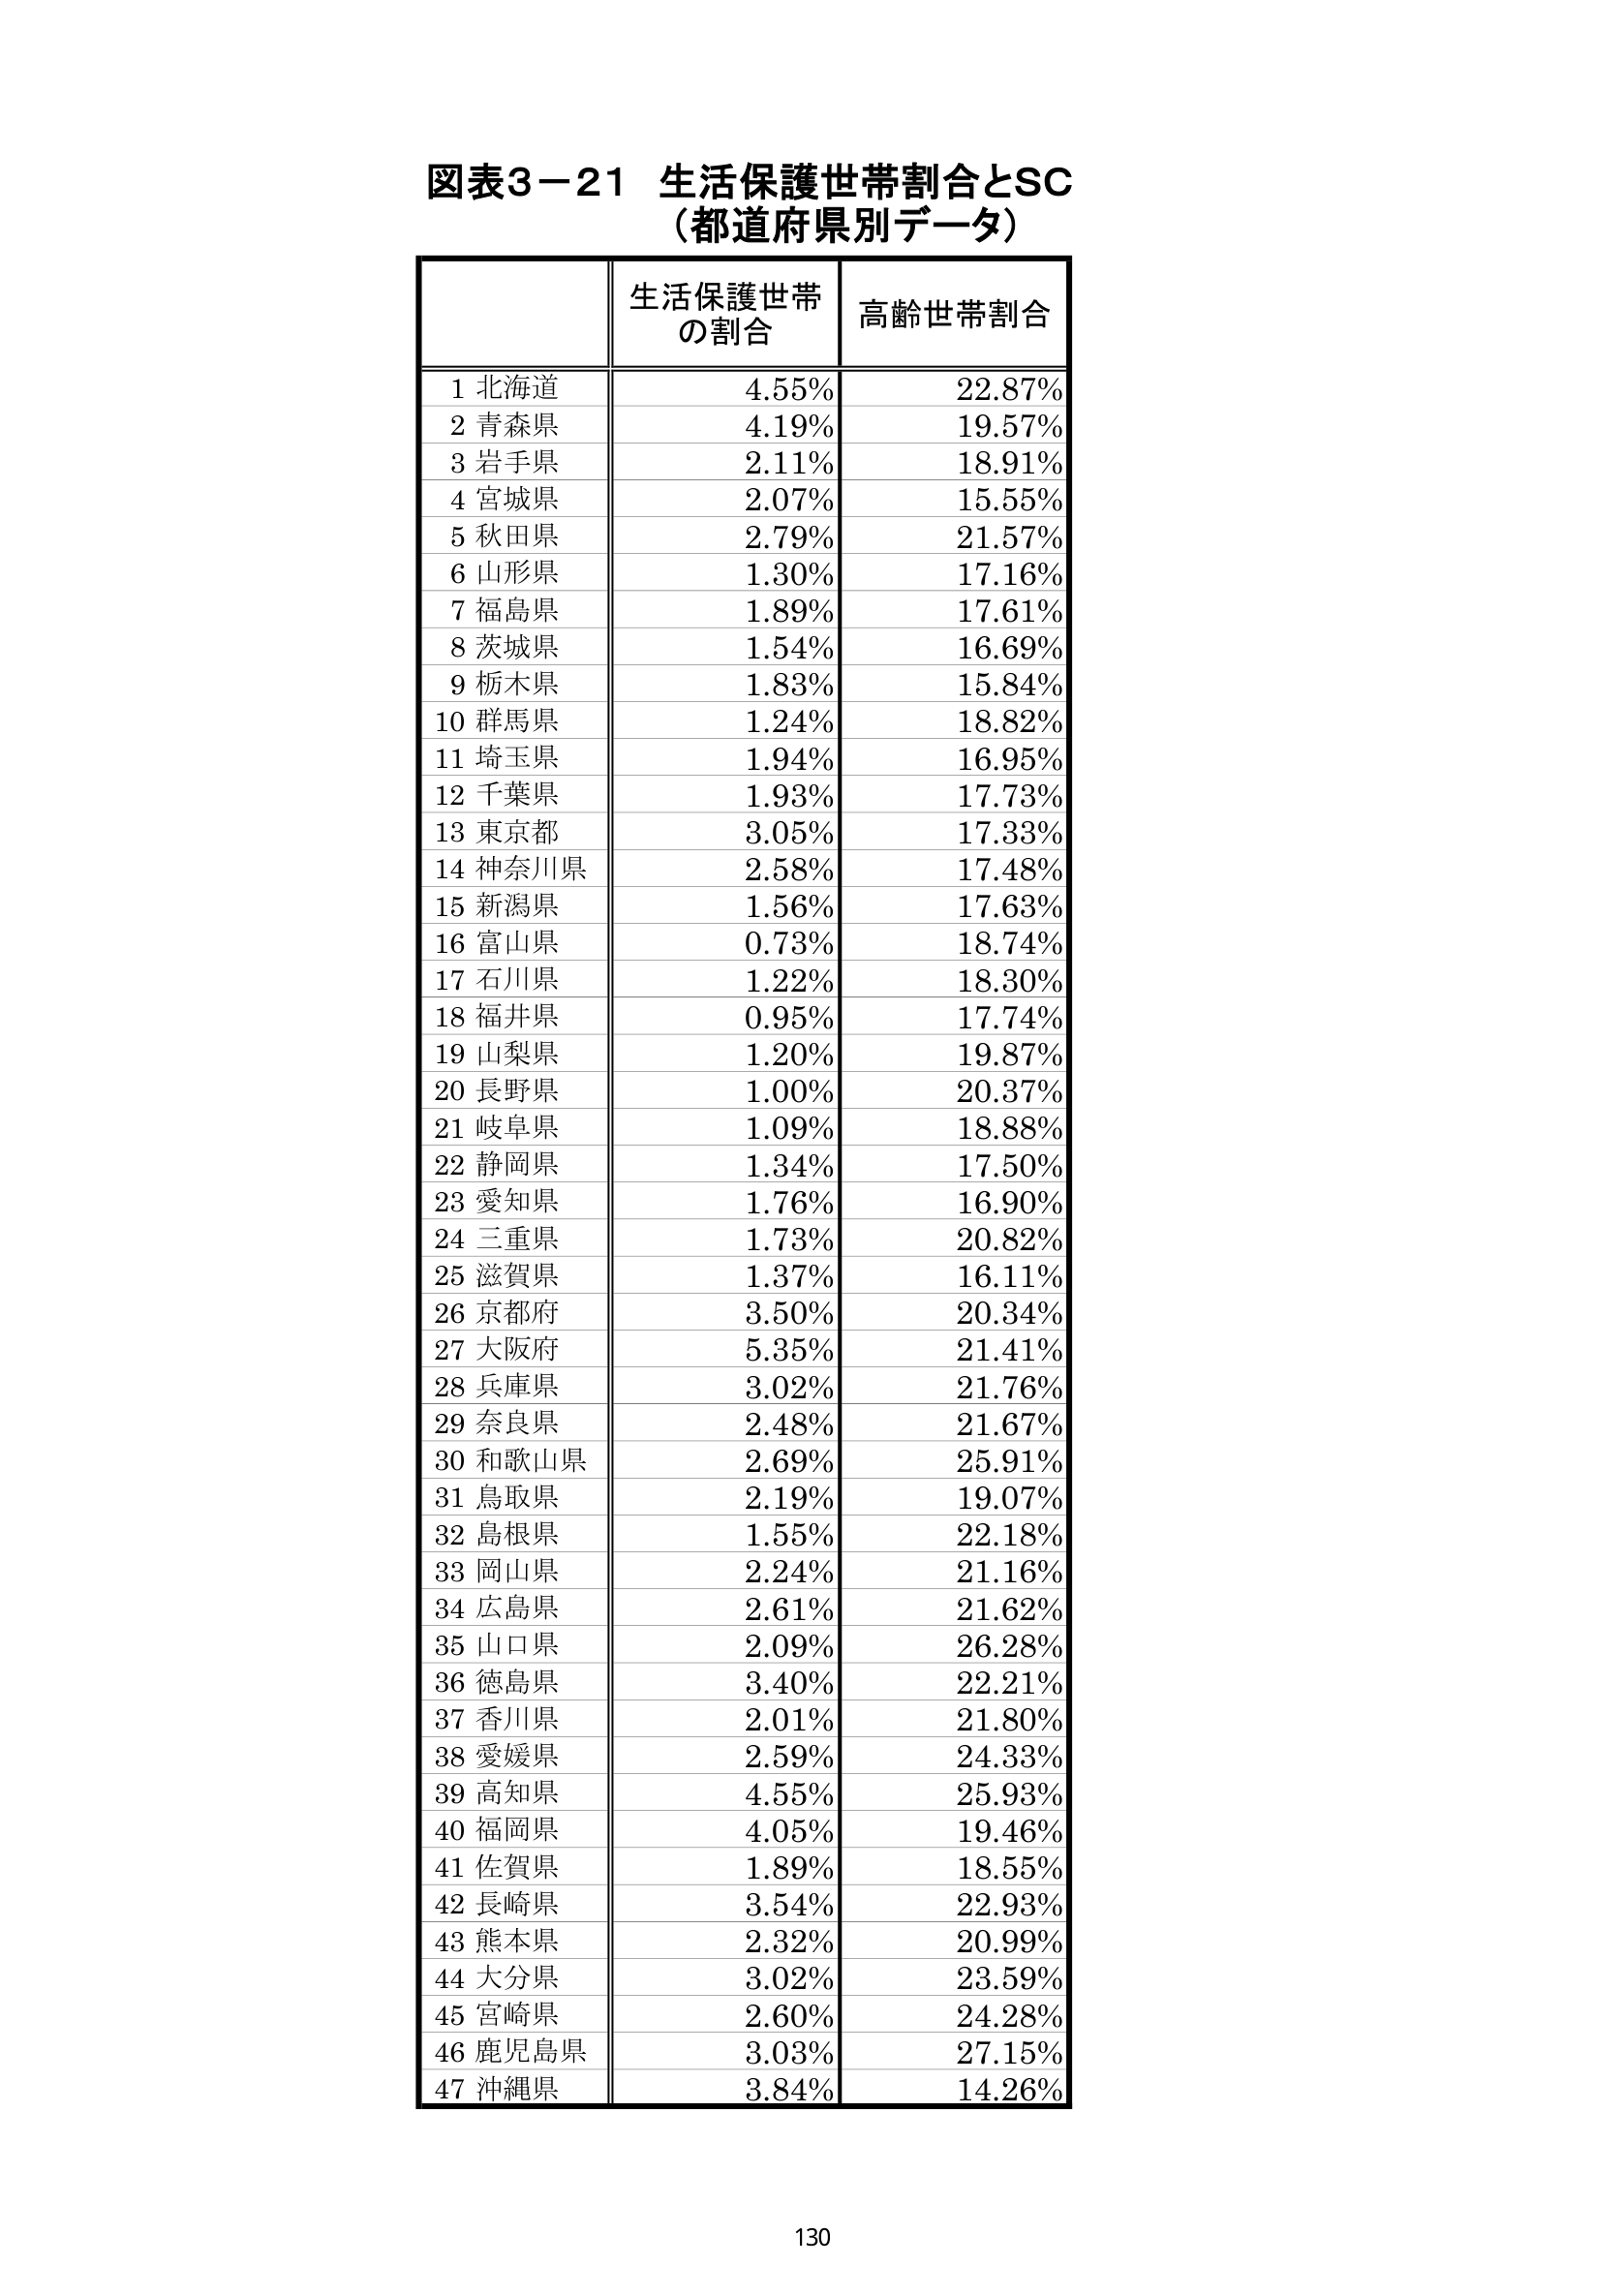
図表3-21 生活保護世帯割合とSC
（都道府県別データ）

生活保護世帯
の割合
高齢世帯割合

1 北海道 4.55% 22.87%
2 青森県 4.19% 19.57%
3 岩手県 2.11% 18.91%
4 宮城県 2.07% 15.55%
5 秋田県 2.79% 21.57%
6 山形県 1.30% 17.16%
7 福島県 1.89% 17.61%
8 茨城県 1.54% 16.69%
9 栃木県 1.83% 15.84%
10 群馬県 1.24% 18.82%
11 埼玉県 1.94% 16.95%
12 千葉県 1.93% 17.73%
13 東京都 3.05% 17.33%
14 神奈川県 2.58% 17.48%
15 新潟県 1.56% 17.63%
16 富山県 0.73% 18.74%
17 石川県 1.22% 18.30%
18 福井県 0.95% 17.74%
19 山梨県 1.20% 19.87%
20 長野県 1.00% 20.37%
21 岐阜県 1.09% 18.88%
22 静岡県 1.34% 17.50%
23 愛知県 1.76% 16.90%
24 三重県 1.73% 20.82%
25 滋賀県 1.37% 16.11%
26 京都府 3.50% 20.34%
27 大阪府 5.35% 21.41%
28 兵庫県 3.02% 21.76%
29 奈良県 2.48% 21.67%
30 和歌山県 2.69% 25.91%
31 鳥取県 2.19% 19.07%
32 島根県 1.55% 22.18%
33 岡山県 2.24% 21.16%
34 広島県 2.61% 21.62%
35 山口県 2.09% 26.28%
36 徳島県 3.40% 22.21%
37 香川県 2.01% 21.80%
38 愛媛県 2.59% 24.33%
39 高知県 4.55% 25.93%
40 福岡県 4.05% 19.46%
41 佐賀県 1.89% 18.55%
42 長崎県 3.54% 22.93%
43 熊本県 2.32% 20.99%
44 大分県 3.02% 23.59%
45 宮崎県 2.60% 24.28%
46 鹿児島県 3.03% 27.15%
47 沖縄県 3.84% 14.26%

130